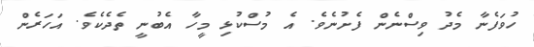
ހުވަފެނާ މެދު ވިސްނެން ފެށުނެވެ. އެ މުސްކުޅި މީހާ އެބުނީ ތެދެކެވެ. އަހަރެން